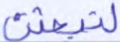
لتبعثن